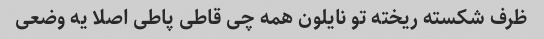
ظرف شکسته ریخته تو نایلون همه چی قاطی پاطی اصلا یه وضعی